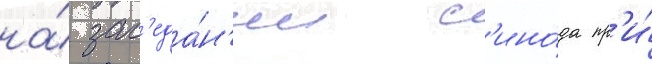
на́ зас'еда́н'ии с'ино́да пр'и́